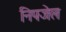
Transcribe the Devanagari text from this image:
निपजेल